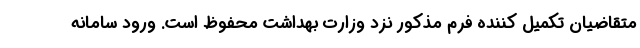
متقاضیان تکمیل کننده فرم مذکور نزد وزارت بهداشت محفوظ است. ورود سامانه